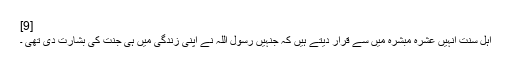
[9]
اہل سنت انہیں عشره مبشره میں سے قرار دیتے ہیں کہ جنہیں رسول اللہ نے اپنی زندگی میں ہی جنت کی بشارت دی تھی ۔